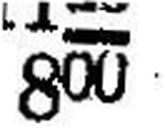
800